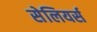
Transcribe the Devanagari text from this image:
सेलियर्स